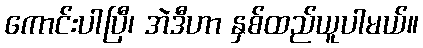
ကောင်းပါပြီ၊ အဲဒီဟာ နှစ်ထည်ယူပါမယ်။